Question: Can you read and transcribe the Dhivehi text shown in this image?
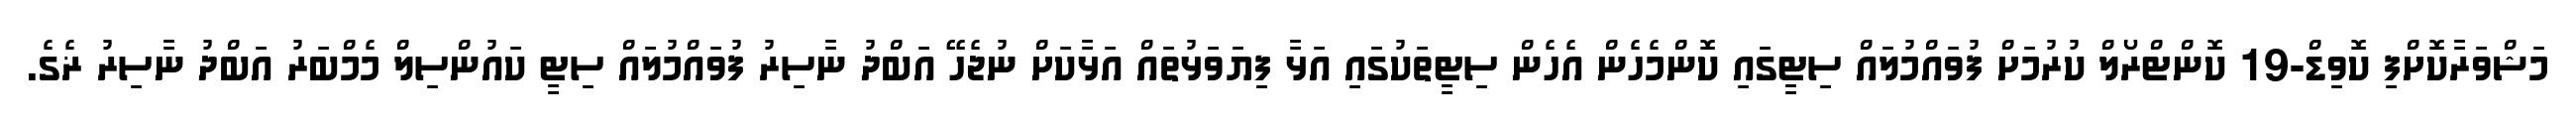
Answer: މަޝްވަރާކޮށްފި ކޮވިޑް-19 ކޮންޓްރޯލް ކުރުމަށް ފުވައްމުލައް ސިޓީގައި ކޮންމެހެން އެހެން ސިޓީތަކުގައި އަޅާ ފިޔަވަޅުތައް އަޅާކަށް ނުޖެހޭ އަބްދު ނާސިރު ފުވައްމުލައް ސިޓީ ކައުންސިލް މެމްބަރު އަބްދު ނާސިރު ޜެގެ.